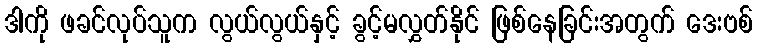
ဒါကို ဖခင်လုပ်သူက လွယ်လွယ်နှင့် ခွင့်မလွှတ်နိုင် ဖြစ်နေခြင်းအတွက် ဒေးဗစ်